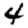
Digit: 4